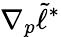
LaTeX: \nabla_{p}\tilde{\ell}^{*}